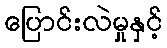
ပြောင်းလဲမှုနှင့်